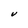
Character: V